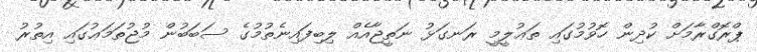
ޕްރޮގްރާމަށް ކުދިން ހޮވުމުގައި ތަޢުލީމީ ރަނގަޅު ނަތީޖާއެއް ލިބިފައިނެތުމުގެ ސަބަބުން މުޖުތަމަޢުގައި އިތުރު